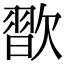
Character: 𣤊